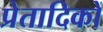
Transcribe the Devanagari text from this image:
प्रेतादिकों